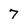
Character: 7